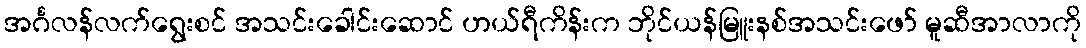
အင်္ဂလန်လက်ရွေးစင် အသင်းခေါင်းဆောင် ဟယ်ရီကိန်းက ဘိုင်ယန်မြူးနစ်အသင်းဖော် မူဆီအာလာကို